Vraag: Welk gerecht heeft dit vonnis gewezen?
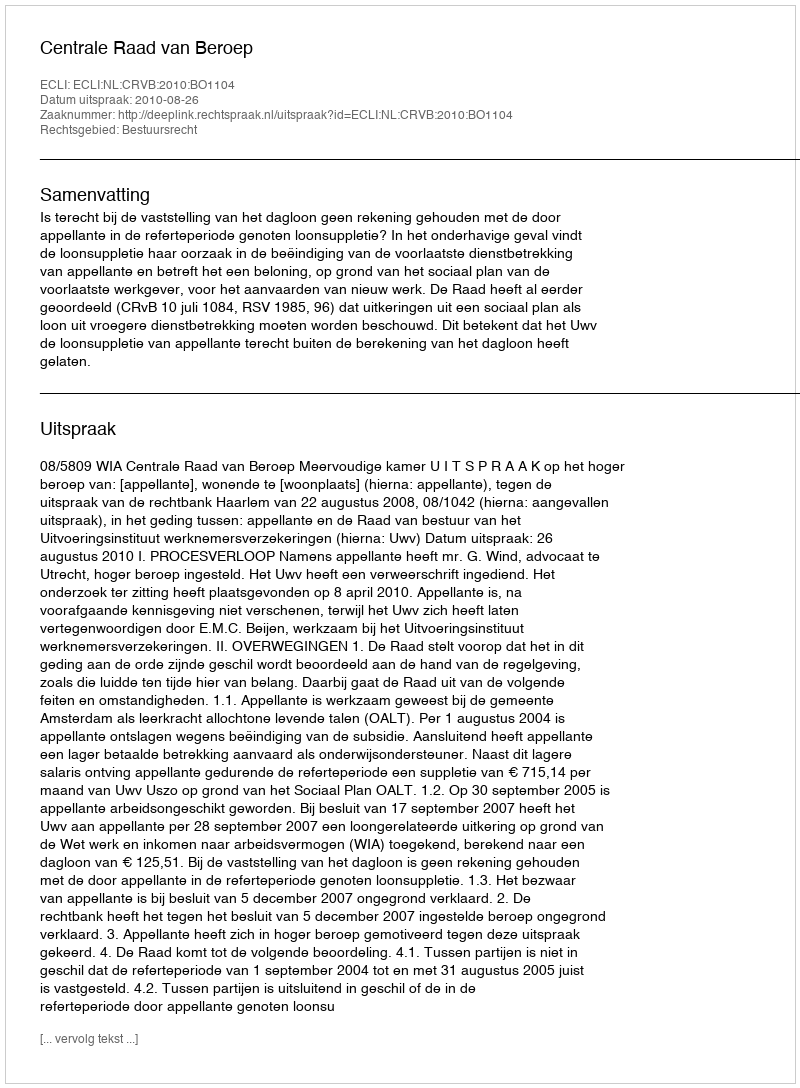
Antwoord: Centrale Raad van Beroep